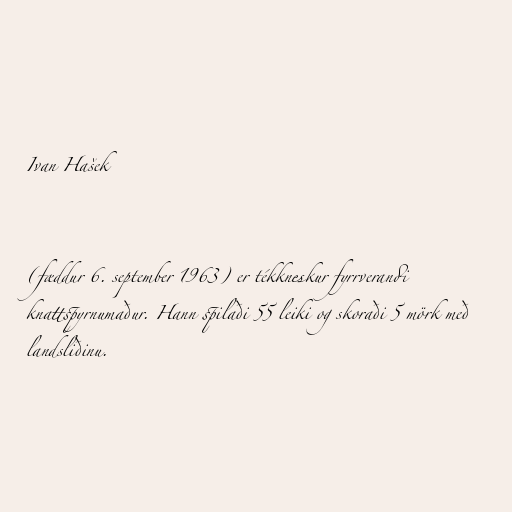
Ivan Hašek

(fæddur 6. september 1963) er tékkneskur fyrrverandi
knattspyrnumaður. Hann spilaði 55 leiki og skoraði 5 mörk með
landsliðinu.